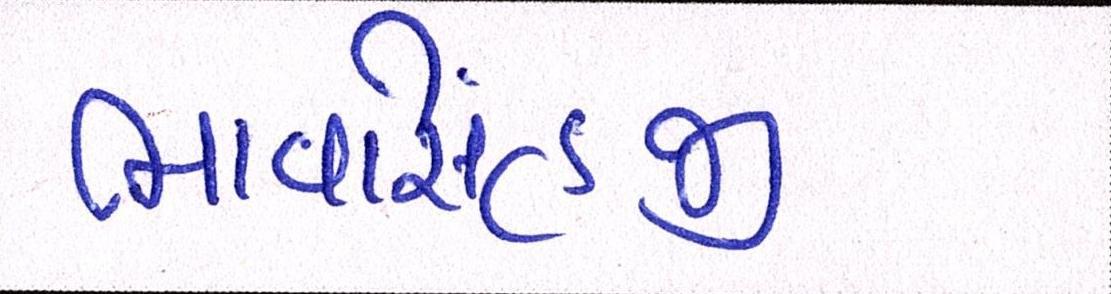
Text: ભાવસિંહજી